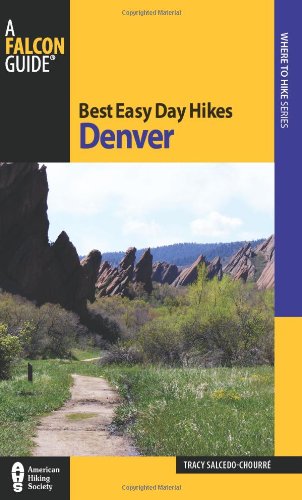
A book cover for Best Easy Day Hikes Denver (Best Easy Day Hikes Series); Tracy Salcedo-ChourrÃ©; Travel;